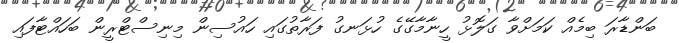
ބަންޑާރަ ބިމެއް ކަމަށްވާ ގަލޮޅު ހީނާމާގޭގެ ހުޅަނގު ފަރާތުގައި ހައުސިން މިނިސްޓްރީން ބަހައްޓާފައި